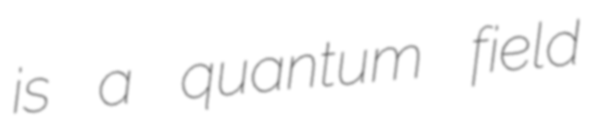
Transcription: is a quantum field